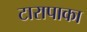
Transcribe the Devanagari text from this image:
टारापाका